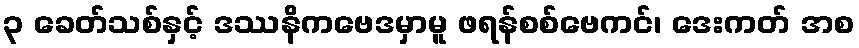
၃ ခေတ်သစ်နှင့် ဒဿနိကဗေဒမှာမူ ဖရန်စစ်ဗေကင်၊ ဒေးကတ် အစ